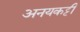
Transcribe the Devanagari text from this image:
अनयकट्टी